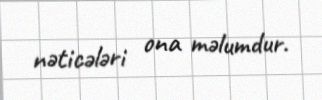
nəticələri ona məlumdur.